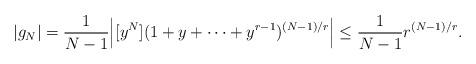
LaTeX: \begin{align*} |g_N|= \frac{1}{N-1}\Big|[y^N](1+y+\cdots+y^{r-1})^{(N-1)/r}\Big|\leq \frac{1}{N-1} r^{(N-1)/r}.\end{align*}